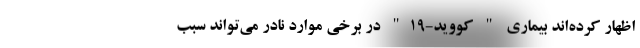
اظهار کرده‌اند بیماری " کووید-۱۹" در برخی موارد نادر می‌تواند سبب